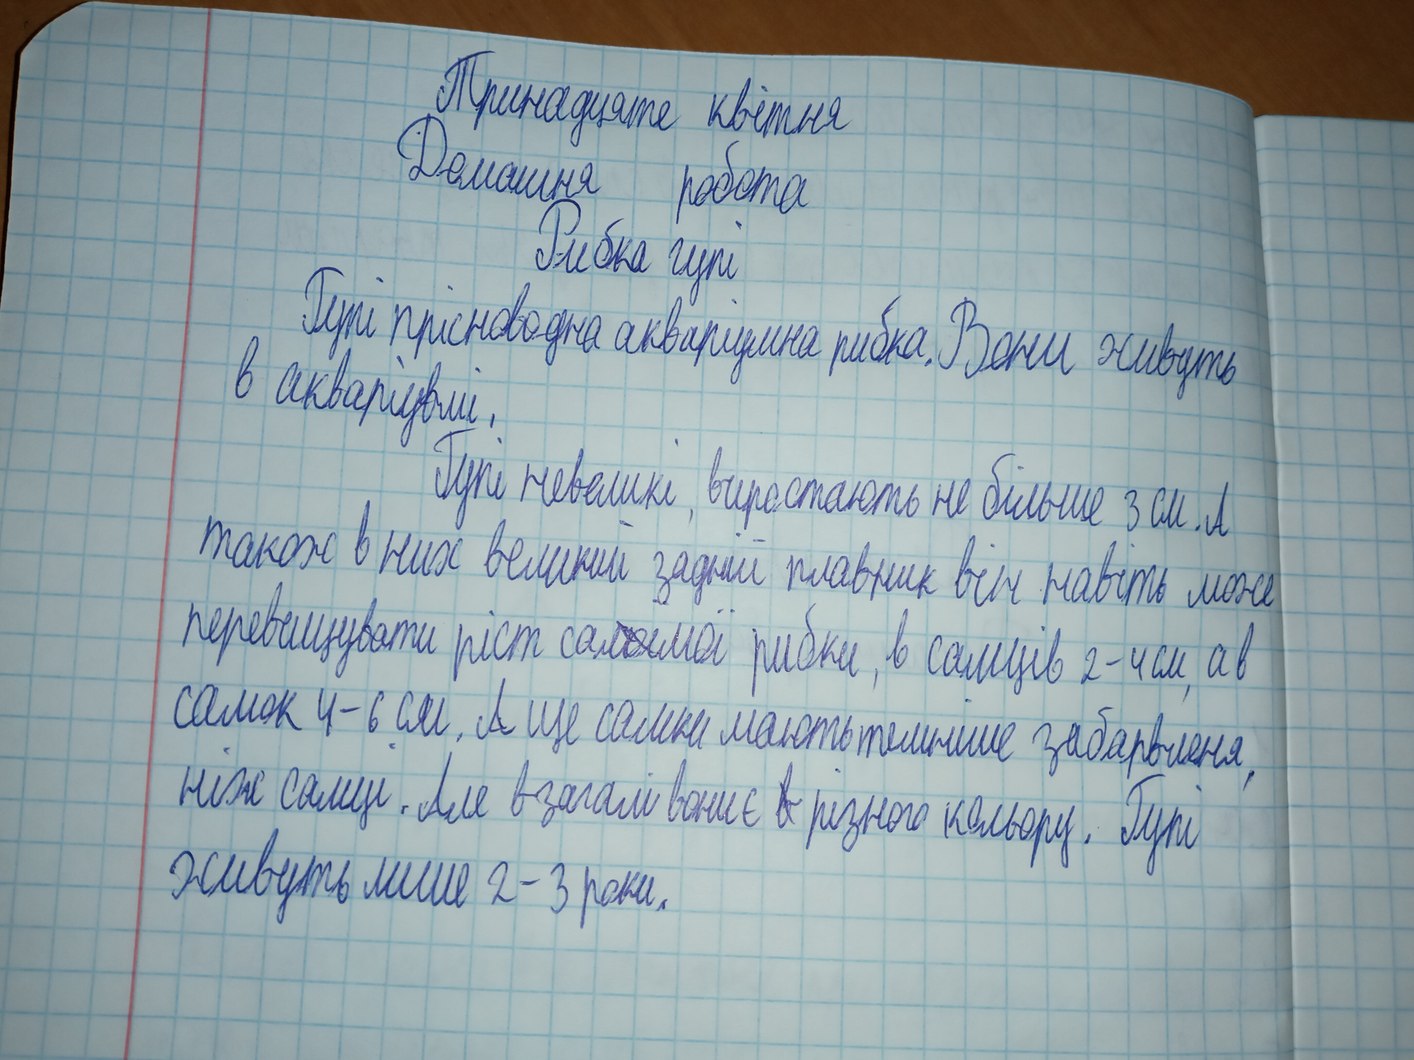
Тринадцяте квітня
Домашня робота
Рибка гупі
Гупі прісноводна акваріумна рибка. Вони живуть
в акваріумі.
Гупі невеликі, виростають не більше 3 см. А
також в них великий задній плавник він навіть може
перевищувати ріст са~~мої~~мої рибки, в самців 2-4 см, а в
самок 4-6 см. А ще самки мають темніше забарвлення
ніж самці. Але взагалі вони є ~~в~~ різного кольору. Гупі
живуть лише 2-3 роки.